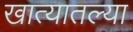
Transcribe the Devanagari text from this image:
खात्यातल्या